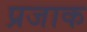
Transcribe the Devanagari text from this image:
प्रजाक